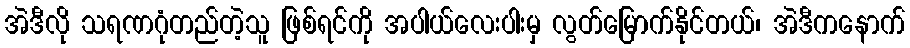
အဲဒီလို သရဏဂုံတည်တဲ့သူ ဖြစ်ရင်ကို အပါယ်လေးပါးမှ လွတ်မြောက်နိုင်တယ်၊ အဲဒီကနောက်